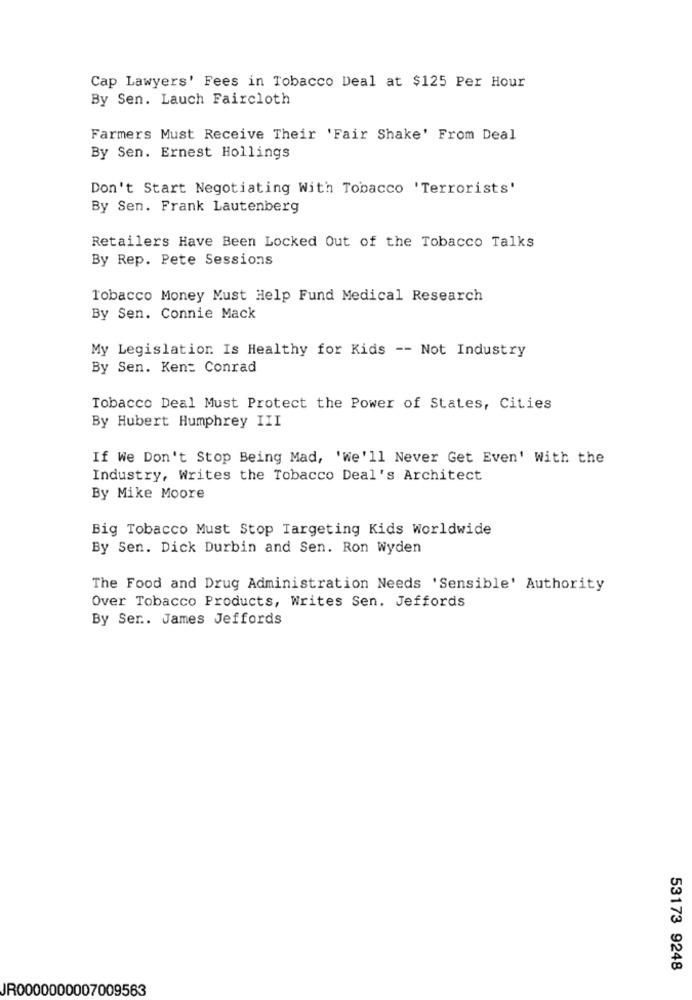
Cap Lawyers' Fees in Tobacco Deal at $125 Per Hour
By Sen. Lauch Faircloth
Farmers Must Receive Their 'Fair Shake' From Deal
By Sen. Ernest Hollings
Don't Start Negotiating With Tobacco 'Terrorists'
By Sen. Frank Lautenberg
Retailers Have Been Locked Out of the Tobacco Talks
By Rep. Pete Sessions
Tobacco Money Must Help Fund Medical Research
By Sen. Connie Mack
My Legislation Is Healthy for Kids -- Not Industry
By Sen. Kent Conrad
Tobacco Deal Must Protect the Power of States, Cities
By Hubert Humphrey III
If We Don't Stop Being Mad, 'We'll Never Get Even' With the
Industry, Writes the Tobacco Deal's Architect
By Mike Moore
Big Tobacco Must Stop Targeting Kids Worldwide
By Sen. Dick Durbin and Sen. Ron wyden
The Food and Drug Administration Needs 'Sensible' Authority
Over Tobacco Products, Writes Sen. Jeffords
By Ser .. James Jeffords
53173 9248
JR0000000007009563